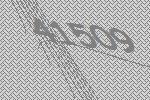
41509